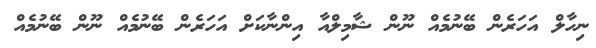
ނިހާލް އަހަރެން ބޭނުމެއް ނޫން ޝާމިލްއާ އިންނާކަށް އަހަރެން ބޭނުމެއް ނޫން ބޭނުމެއް